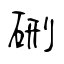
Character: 硎